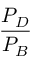
\frac { P _ { D } } { P _ { B } }